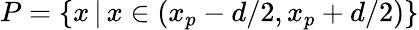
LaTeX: P=\{ x\, |\, x\in(x_{p}-d/2,x_{p}+d/2)\}